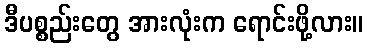
ဒီပစ္စည်းတွေ အားလုံးက ရောင်းဖို့လား။